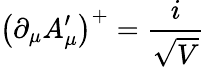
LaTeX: \left(\partial_{\mu}A_{\mu}^{\prime}\right)^{+}=\frac{i}{\sqrt{V}}